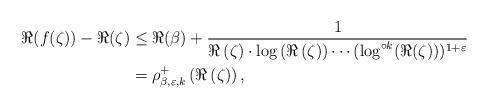
LaTeX: \begin{align*}\Re(f(\zeta))-\Re(\zeta) & \leq \Re(\beta) +\frac{1}{\Re\left(\zeta\right)\cdot\log\left(\Re\left(\zeta\right)\right)\cdots(\log^{\circ k}(\Re(\zeta))){}^{1+\varepsilon}}\\& =\rho_{\beta ,\varepsilon,k}^{+}\left(\Re\left(\zeta\right)\right) ,\end{align*}